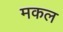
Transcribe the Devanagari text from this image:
मकल